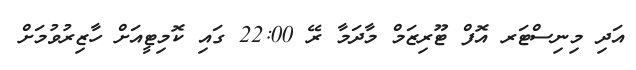
އަދި މިނިސްޓަރ އޮފް ޓޫރިޒަމް މާދަމާ ރޭ 22:00 ގައި ކޮމިޓީއަށް ހާޒިރުވުމަށް